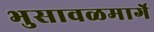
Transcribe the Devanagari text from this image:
भुसावळमार्गे